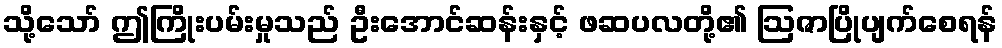
သို့သော် ဤကြိုးပမ်းမှုသည် ဦးအောင်ဆန်းနှင့် ဖဆပလတို့၏ ဩဇာပြိုပျက်စေရန်